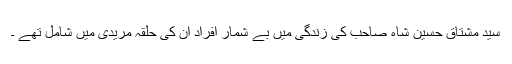
سید مشتاق حسین شاہ صاحب کی زندگی میں بے شمار افراد ان کی حلقہ مریدی میں شامل تھے ۔